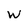
Character: W